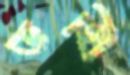
ডর্থি